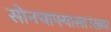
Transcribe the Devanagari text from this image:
सोनचाफ्यासारख्या